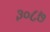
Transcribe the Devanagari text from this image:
३०८७